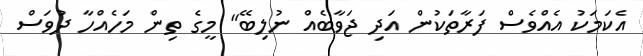
އެކަމަކު އެއްވެސް ފަރާތަކުން އަދި ޖަވާބެއް ނުލިބޭ" މީގެ ތިން މަހެއްހާ ދުވަސް